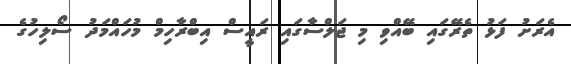
އެރަށު ފަޅު ތެރޭގައި ބޭއްވި މި ޖަލްސާގައި ރައީސް އިބްރާހިމް މުހަައްމަދު ސޯލިހުގެ